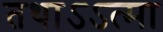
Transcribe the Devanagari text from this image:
तथाऽऽत्मा